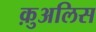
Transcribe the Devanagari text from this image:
क़ुअलिस